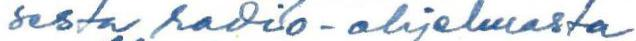
sesta radio-ohjelmasta